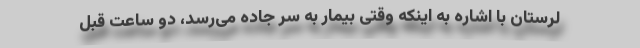
لرستان با اشاره به اینکه وقتی بیمار به سر جاده می‌رسد، دو ساعت قبل